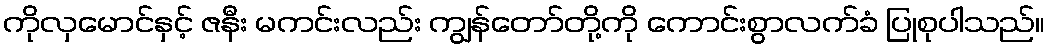
ကိုလှမောင်နှင့် ဇနီး မကင်းလည်း ကျွန်တော်တို့ကို ကောင်းစွာလက်ခံ ပြုစုပါသည်။